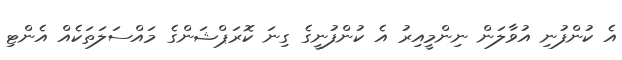
އެ ކުންފުނި އުވާލަން ނިންމީއިރު އެ ކުންފުނީގެ ގިނަ ކޮރަޕްޝަންގެ މައްސަލަތަކެއް އެންޓި